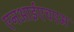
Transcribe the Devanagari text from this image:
एनआईएचएम